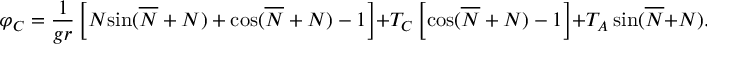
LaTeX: \varphi _ { C } = \frac { 1 } { g r } \left[ { \cal { N } } { \sin } ( \overline { { { \cal { N } } } } + { \cal { N } } ) + { \cos } ( \overline { { { \cal { N } } } } + { \cal { N } } ) - 1 \right] + { \cal T } _ { C } \left[ { \cos } ( \overline { { { \cal { N } } } } + { \cal { N } } ) - 1 \right] + { \cal T } _ { A } \, { \sin } ( \overline { { { \cal { N } } } } + { \cal { N } } ) .